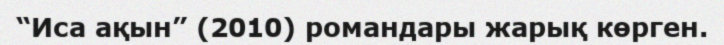
“Иса ақын” (2010) романдары жарық көрген.